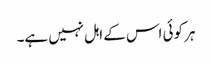
ہر کوئی اس کے اہل نہیں ہے۔